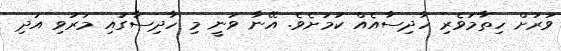
ވަރަށް ހިތާމަވެރި ހާދިސާއެއް ކަމަށެވެ. އޭނާ ވަނީ މި ހާދިސާގައި މަރުވި އަދި